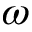
\omega